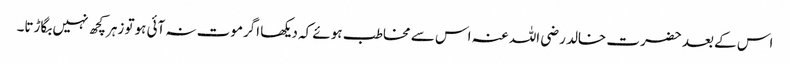
اس کے بعد حضرت خالد رضی اللہ عنہ اس سے مخاطب ہوئے کہ دیکھا اگرموت نہ آئی ہوتو زہرکچھ نہیں بگاڑتا۔